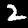
Digit: 2